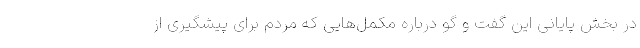
در بخش پایانی این گفت و گو درباره مکمل‌هایی که مردم برای پیشگیری از